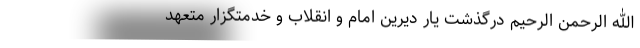
الله الرحمن الرحیم درگذشت یار دیرین امام و انقلاب و خدمتگزار متعهد